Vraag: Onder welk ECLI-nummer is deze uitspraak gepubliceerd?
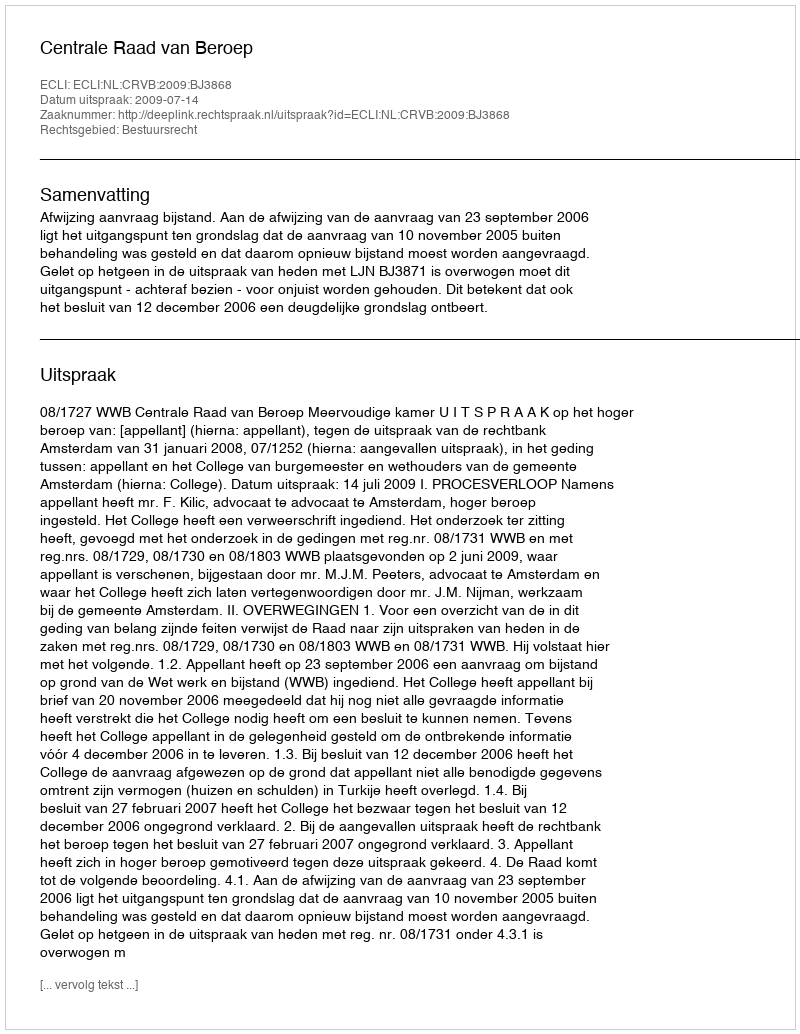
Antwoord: ECLI:NL:CRVB:2009:BJ3868